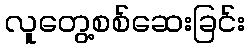
လူတွေ့စစ်ဆေးခြင်း